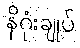
နိဂုံးချုပ်